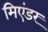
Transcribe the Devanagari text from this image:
मिएंडर